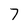
Character: 7